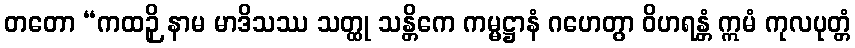
တတော “ကထဉှိ နာမ မာဒိသဿ သတ္ထု သန္တိကေ ကမ္မဋ္ဌာနံ ဂဟေတွာ ဝိဟရန္တံ ဣမံ ကုလပုတ္တံ